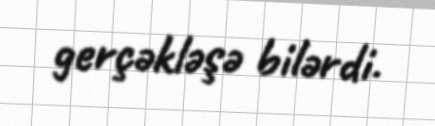
gerçəkləşə bilərdi.